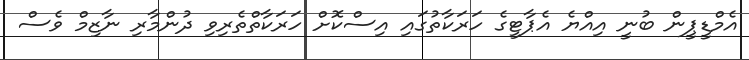
އެމްޑީޕީން ބުނީ އިއްޔެ އެޕާޓީގެ ހަރަކާތުގައި އިސްކޮށް ހަރަކާތްތެރިވި ދުންމާރި ނާޒިމް ވެސް